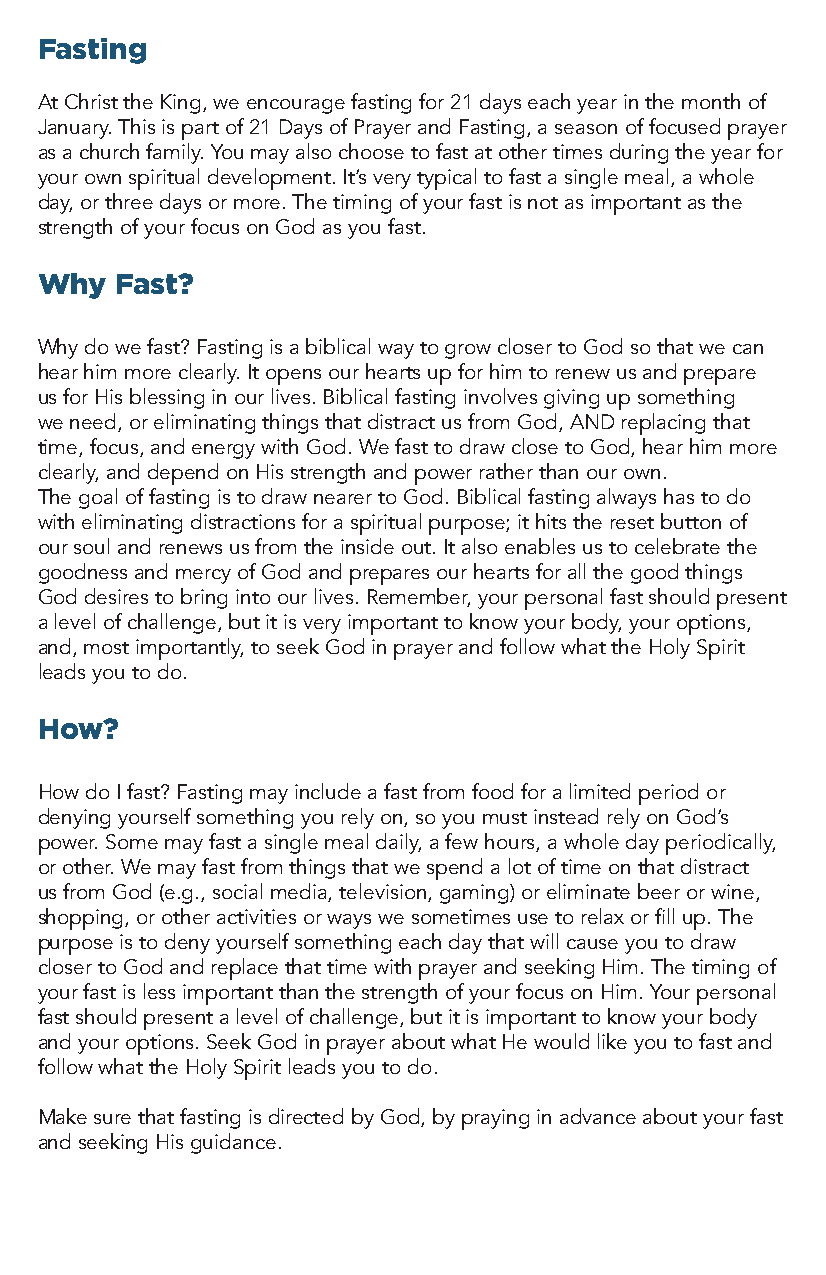
Fasting
 At Christ the King, we encourage fasting for 21 days each year in the month of
 January. This is part of 21 Days of Prayer and Fasting, a season of focused prayer
 as a church family. You may also choose to fast at other times during the year for
 your own spiritual development. It’s very typical to fast a single meal, a whole
 day, or three days or more. The timing of your fast is not as important as the
 strength of your focus on God as you fast.
 Why   Fast?
 Why do we fast? Fasting is a biblical way to grow closer to God so that we can
 hear him more clearly. It opens our hearts up for him to renew us and prepare
 us for His blessing in our lives. Biblical fasting involves giving up something
 we need, or eliminating things that distract us from God, AND replacing that
 time, focus, and energy with God. We fast to draw close to God, hear him more
 clearly, and depend on His strength and power rather than our own.
 The goal of fasting is to draw nearer to God. Biblical fasting always has to do
 with eliminating distractions for a spiritual purpose; it hits the reset button of
 our soul and renews us from the inside out. It also enables us to celebrate the
 goodness and mercy of God and prepares our hearts for all the good things
 God desires to bring into our lives. Remember, your personal fast should present
 a level of challenge, but it is very important to know your body, your options,
 and, most importantly, to seek God in prayer and follow what the Holy Spirit
 leads you to do.
 How?
 How do I fast? Fasting may include a fast from food for a limited period or
 denying yourself something you rely on, so you must instead rely on God’s
 power. Some may fast a single meal daily, a few hours, a whole day periodically,
 or other. We may fast from things that we spend a lot of time on that distract
 us from God (e.g., social media, television, gaming) or eliminate beer or wine,
 shopping, or other activities or ways we sometimes use to relax or fill up. The
 purpose is to deny yourself something each day that will cause you to draw
 closer to God and replace that time with prayer and seeking Him. The timing of
 your fast is less important than the strength of your focus on Him. Your personal
 fast should present a level of challenge, but it is important to know your body
 and your options. Seek God in prayer about what He would like you to fast and
 follow what the Holy Spirit leads you to do.
 Make sure that fasting is directed by God, by praying in advance about your fast
 and seeking His guidance.